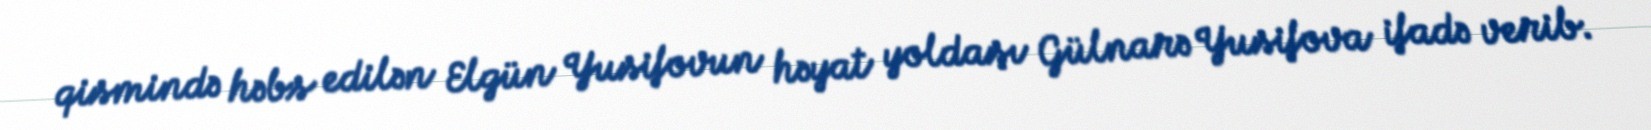
qismində həbs edilən Elgün Yusifovun həyat yoldaşı Gülnarə Yusifova ifadə verib.